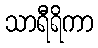
သာရီရိကာ